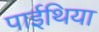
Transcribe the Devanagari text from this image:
पाईथिया